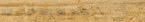
مطعم الأرز يقدم أشهى الأط